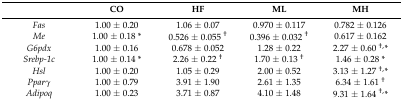
|  | CO | HF | ML | MH |
 | --- | --- | --- | --- | --- |
 | Fas | 1.00 ± 0.20 | 1.06 ± 0.07 | 0.970 ± 0.117 | 0.782 ± 0.126 |
 | Me | 1.00 ± 0.18 * | 0.526 ± 0.055 † | 0.396 ± 0.032 † | 0.617 ± 0.162 |
 | G6pdx | 1.00 ± 0.16 | 0.678 ± 0.052 | 1.28 ± 0.22 | 2.27 ± 0.60 †,* |
 | Srebp-1c | 1.00 ± 0.14 * | 2.26 ± 0.22 † | 1.70 ± 0.13 † | 1.46 ± 0.28 * |
 | Hsl | 1.00 ± 0.20 | 1.05 ± 0.29 | 2.00 ± 0.52 | 3.13 ± 1.27 †,* |
 | Pparγ | 1.00 ± 0.79 | 3.91 ± 1.90 | 2.61 ± 1.35 | 6.34 ± 1.61 † |
 | Adipoq | 1.00 ± 0.23 | 3.71 ± 0.87 | 4.10 ± 1.48 | 9.31 ± 1.64 †,* |